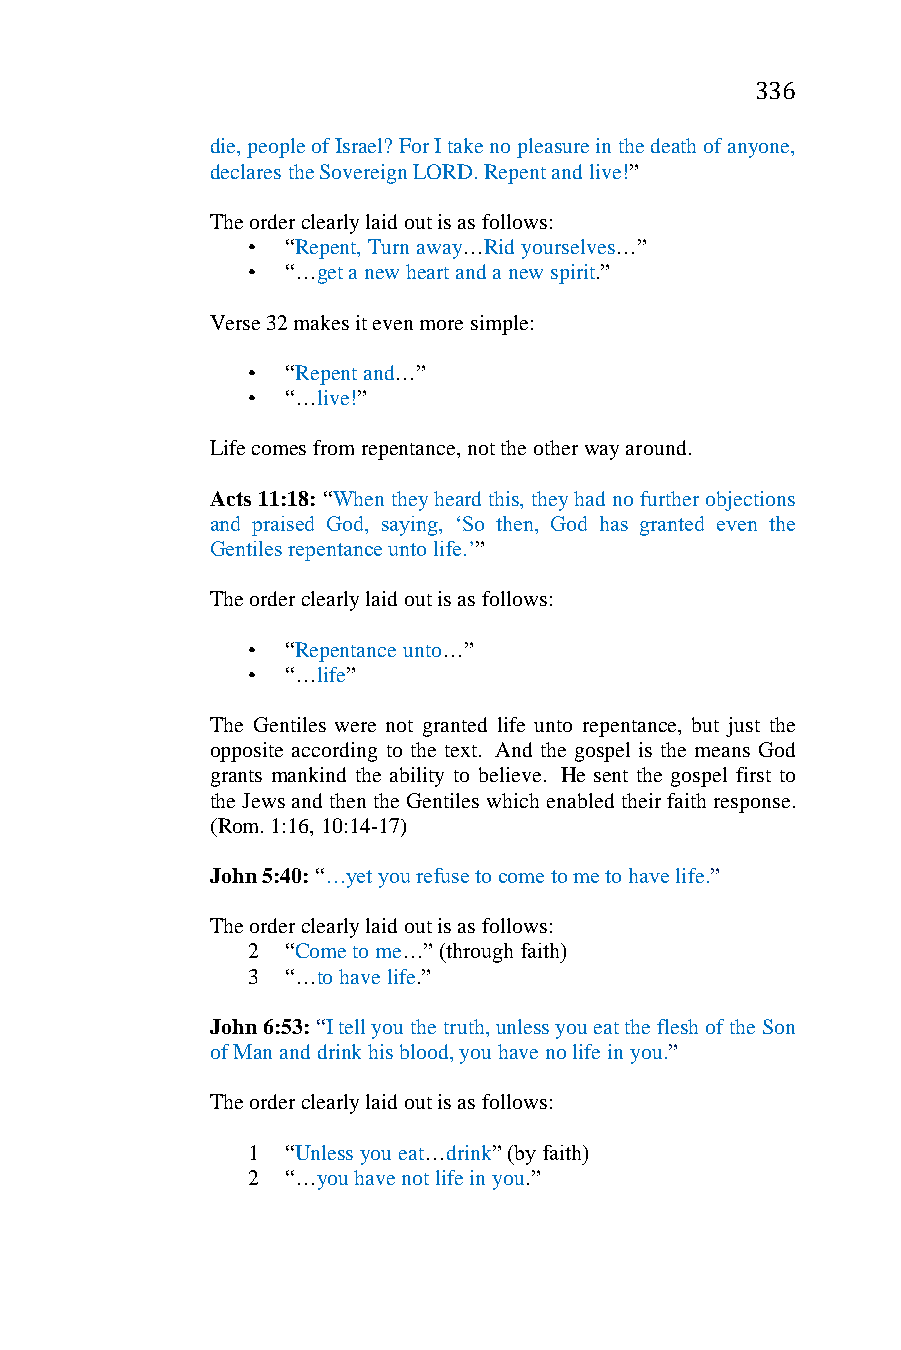
336
 die, people of Israel? For I take no pleasure in the death of anyone,
 declares the Sovereign LORD. Repent and live!”
 The order clearly laid out is as follows:
 •  “Repent, Turn away…Rid yourselves…”
 •  “…get a new heart and a new spirit.”
 Verse 32 makes it even more simple:
 •  “Repent and…”
 •  “…live!”
 Life comes from repentance, not the other way around.
 Acts 11:18: “When they heard this, they had no further objections
 and praised God, saying, ‘So then, God has granted even the
 Gentiles repentance unto life.’”
 The order clearly laid out is as follows:
 •  “Repentance unto…”
 •  “…life”
 The Gentiles were not granted life unto repentance, but just the
 opposite according to the text. And the gospel is the means God
 grants mankind the ability to believe. He sent the gospel first to
 the Jews and then the Gentiles which enabled their faith response.
 (Rom. 1:16, 10:14-17)
 John 5:40: “…yet you refuse to come to me to have life.”
 The order clearly laid out is as follows:
 2  “Come to me…” (through faith)
 3  “…to have life.”
 John 6:53: “I tell you the truth, unless you eat the flesh of the Son
 of Man and drink his blood, you have no life in you.”
 The order clearly laid out is as follows:
 1  “Unless you eat…drink” (by faith)
 2  “…you have not life in you.”